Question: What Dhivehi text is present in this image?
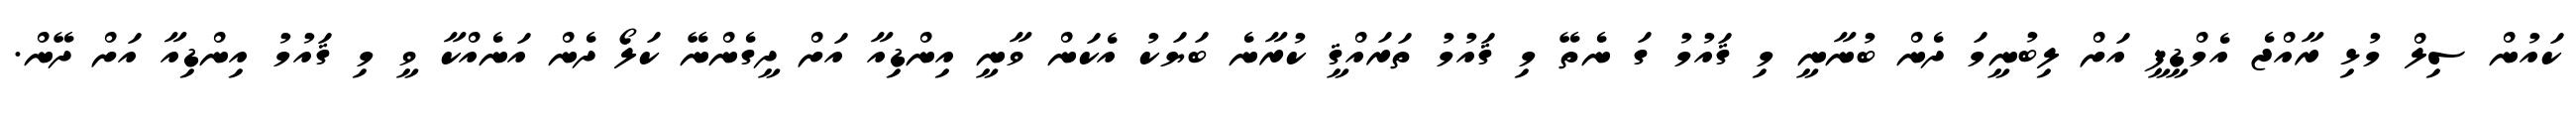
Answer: ކައުން ސިލް މުޅި ރާއްޖެ އެމްޑީޕީ އަށް ލިބުނީމަ ދެން ބުނާނީ މި ޤައުމު ގަ ނެތޭ މި ޤައުމު ތަރައްޤީ ކުރާނެ ބަޔަކު އެކަން ވާނީ އިންޑިއާ އަށް ދީގެންނޭ ކަލޯ ދެން އަނެއްކާ ވީ މި ޤައުމު އިންޑިއާ އަށް ދޭން.